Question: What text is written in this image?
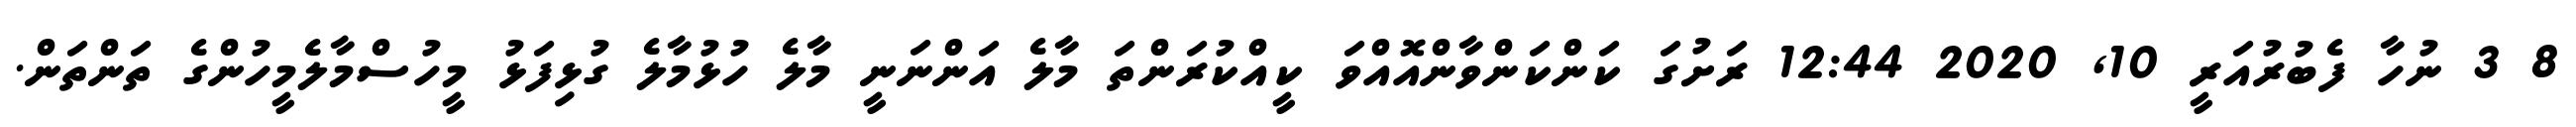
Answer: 8 3 ނުހާ ފެބުރުއަރީ 10, 2020 12:44 ރަށުގަ ކަންކަންވާންއޮއްވަ ކީއްކުރަންތަ މާލެ އަންނަނީ މާލެ ހުޅުމާލެ ގުޅިފަޅު މީހުސްމާލެމީހުންގެ ތަންތަން.